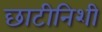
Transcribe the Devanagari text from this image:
छाटीनिशी